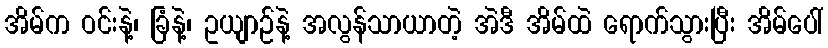
အိမ်က ဝင်းနဲ့၊ ခြံနဲ့၊ ဥယျာဉ်နဲ့ အလွန်သာယာတဲ့ အဲဒီ အိမ်ထဲ ရောက်သွားပြီး အိမ်ပေါ်